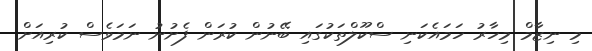
މި ނިޒާމް މިހާރު ހަމައެކަނި ސްކޫލްތަކުގައި ބޭނުން ކުރަން ފެށުނު ނަމަވެސް ކުރިއަށް